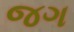
જગ